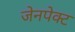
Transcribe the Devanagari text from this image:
जेनपेक्ट